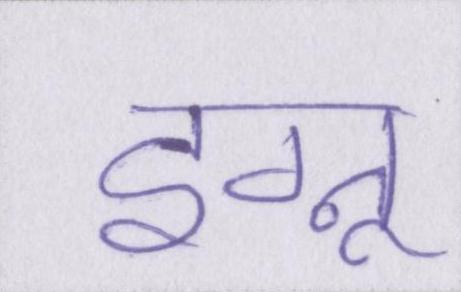
इग्नू